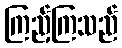
ကြည့်ကြသည်